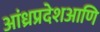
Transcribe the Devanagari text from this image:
आंध्रप्रदेशआणि